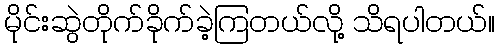
မိုင်းဆွဲတိုက်ခိုက်ခဲ့ကြတယ်လို့ သိရပါတယ်။